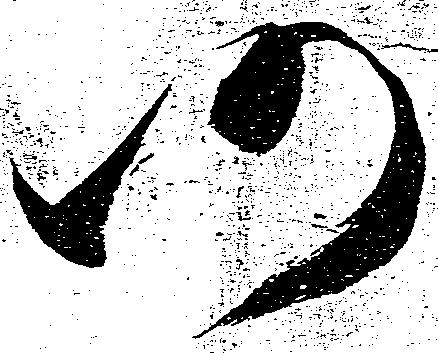
仍